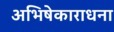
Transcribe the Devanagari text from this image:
अभिषेकाराधना